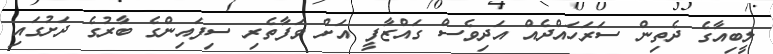
ލީބިއާގެ ދެތިން ސަރަހައްދެއް އަދިވެސް ގައްޒާފީ އަށް ވަފާތެރި ސިފައިންގެ ބާރުގެ ދަށުގައި